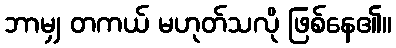
ဘာမျှ တကယ် မဟုတ်သလို ဖြစ်နေ၏။